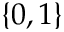
\{ 0 , 1 \}